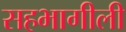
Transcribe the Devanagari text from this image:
सहभागीली